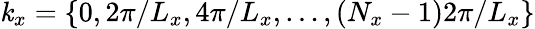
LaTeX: \mathit{k}_{x}=\{ 0,2\pi/L_{x},4\pi/L_{x},\ldots,(N_{x}-1)2\pi/L_{x}\}